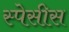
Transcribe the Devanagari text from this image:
स्पेसीस